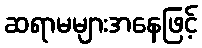
ဆရာမများအနေဖြင့်